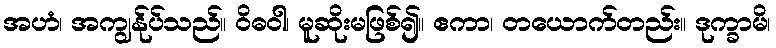
အဟံ၊ အကျွန်ုပ်သည်။ ဝိဓဝါ၊ မူဆိုးမဖြစ်၍။ ဧကာ၊ တယောက်တည်း။ ဒုက္ခာမိ၊